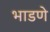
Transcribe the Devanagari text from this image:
भाडणे